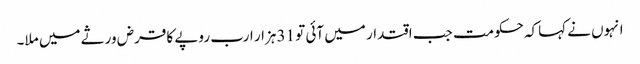
انہوں نے کہاکہ حکومت جب اقتدار میں آئی تو 31 ہزار ارب روپے کا قرض ورثے میں ملا۔